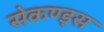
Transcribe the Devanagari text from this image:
सेकण्ड्स